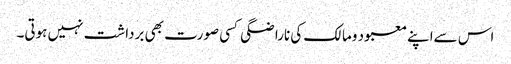
اس سےاپنے معبود ومالک کی ناراضگی کسی صورت بھی برداشت نہیں ہوتی۔